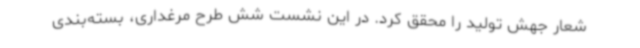
شعار جهش تولید را محقق کرد. در این نشست شش طرح مرغداری، بسته‌بندی